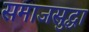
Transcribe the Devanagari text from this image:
समाजसुद्धा